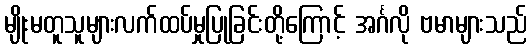
မျိုးမတူသူများလက်ထပ်မှုပြုခြင်းတို့ကြောင့် အင်္ဂလို ဗမာများသည်